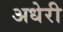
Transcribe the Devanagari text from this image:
अधेरी